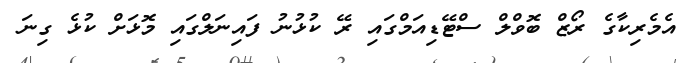
އެމެރިކާގެ ރޯޒް ބޮވްލް ސްޓޭޑިއަމްގައި ރޭ ކުޅުނު ފައިނަލްގައި މޮޅަށް ކުޅެ ގިނަ